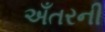
અઁતરની